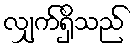
လျှက်ရှိသည်